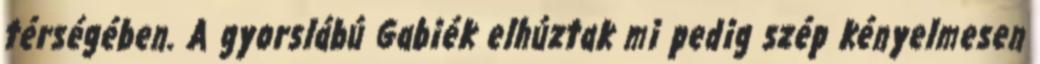
térségében. A gyorslábú Gabiék elhúztak mi pedig szép kényelmesen